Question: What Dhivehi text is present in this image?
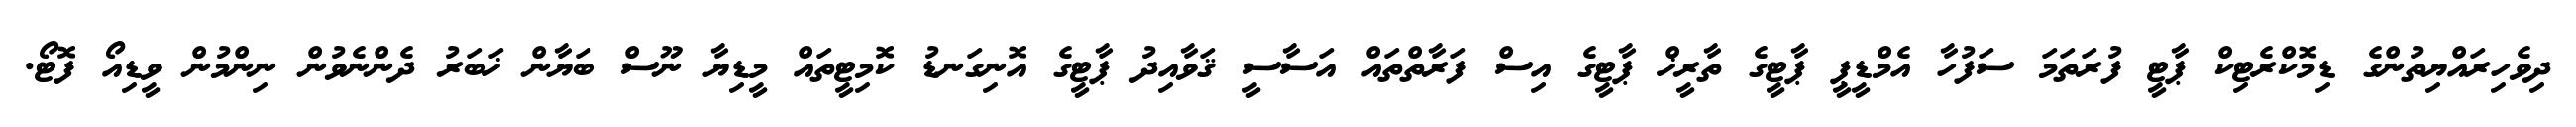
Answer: ދިވެހިރައްޔިތުންގެ ޑިމޮކްރެޓިކް ޕާޓީ ފުރަތަމަ ސަފުހާ އެމްޑީޕީ ޕާޓީގެ ތާރީޚް ޕާޓީގެ އިސް ފަރާތްތައް އަސާސީ ޤަވާއިދު ޕާޓީގެ އޮނިގަނޑު ކޮމިޓީތައް މީޑިޔާ ނޫސް ބަޔާން ޚަބަރު ދެންނެވުން ނިންމުން ވީޑިއޯ ފޮޓޯ.